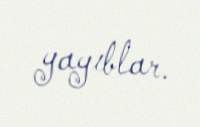
yayıblar.